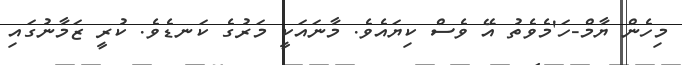
މިހެން ޔާމް-ހަ'މެވެތު އޭ ވެސް ކިޔައެވެ. މާނައަކީ މަރުގެ ކަނޑެވެ. ކުރީ ޒަމާނުގައި